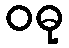
ဝဓု